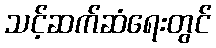
သင့်ဆက်ဆံရေးတွင်